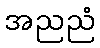
အညညံ